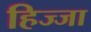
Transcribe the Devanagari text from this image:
हिज्जा